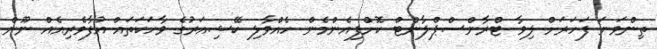
ތިންވަނަ ފަހަރަށް ލިވާ ޓްރާންސްޕްލާންޓް ކޮށްފިއެންމެން ހެއްވާލި ކޭޝިއަރުގެ ވާހަކަތައް އުފާވެރިއެއް ނޫން